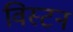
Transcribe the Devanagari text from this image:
विस्टन